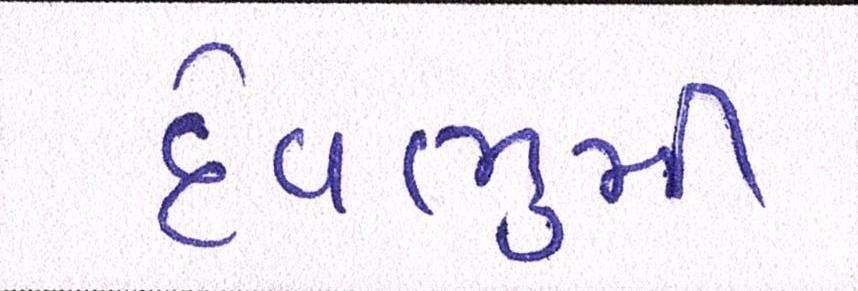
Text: દેવભુમી